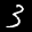
Label: 3